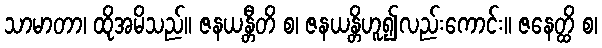
သာမာတာ၊ ထိုအမိသည်။ ဇနယန္တီတိ စ၊ ဇနယန္တိဟူ၍လည်းကောင်း။ ဇနေတ္ထိ စ၊